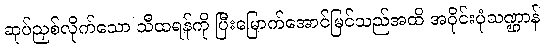
ဆုပ်ညှစ်လိုက်သော သီထရန်ကို ပြီးမြောက်အောင်မြင်သည်အထိ အဝိုင်းပုံသဏ္ဌာန်